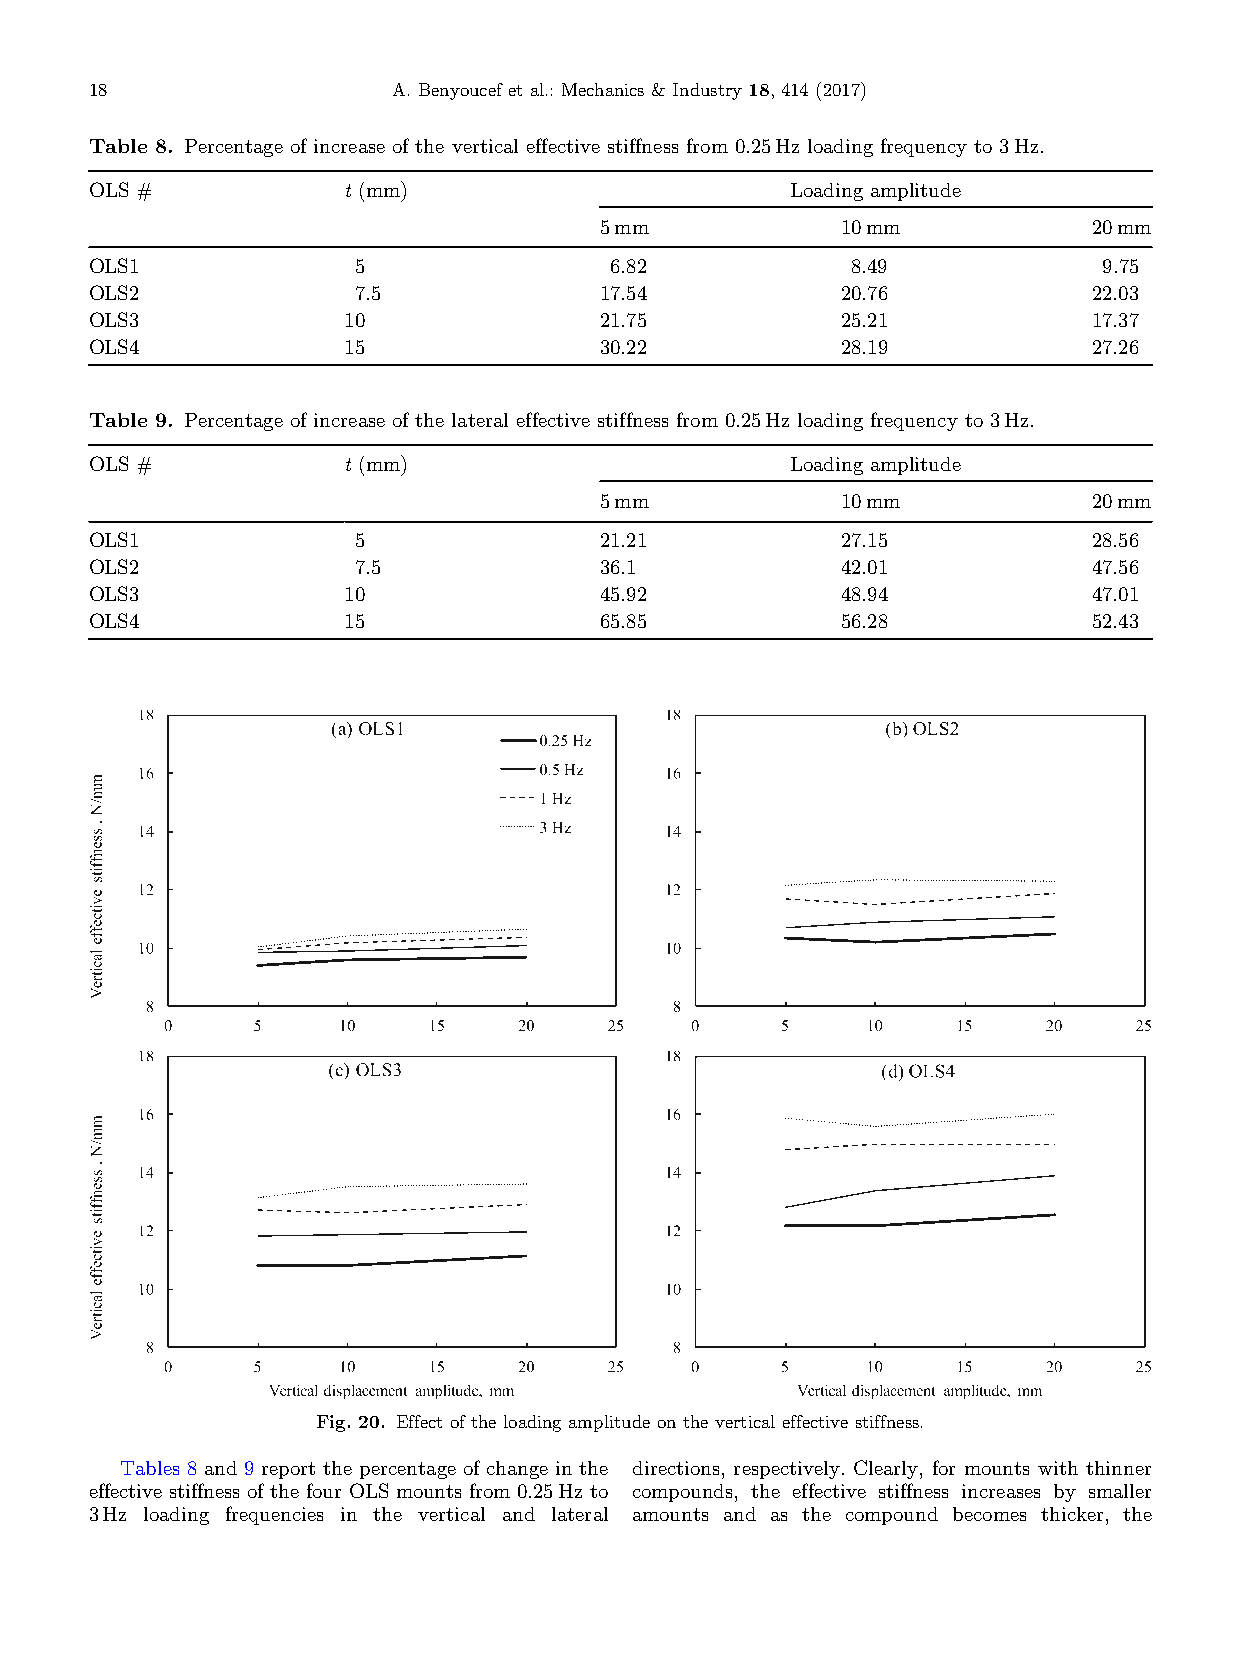
18                  A.Benyoucef etal.:Mechanics& Industry18,414(2017)
 Table 8. Percentage of increase of the vertical effective stiffness from 0.25Hz loading frequency to 3Hz.
 OLS #            t (mm)                       Loading amplitude
 5mm             10mm            20mm
 OLS1             5                6.82            8.49             9.75
 OLS2             7.5              17.54           20.76           22.03
 OLS3             10               21.75           25.21           17.37
 OLS4             15               30.22           28.19           27.26
 Table 9. Percentage of increase of the lateral effective stiffness from 0.25Hz loading frequency to 3Hz.
 OLS #            t (mm)                       Loading amplitude
 5mm             10mm            20mm
 OLS1             5                21.21           27.15           28.56
 OLS2             7.5              36.1            42.01           47.56
 OLS3             10               45.92           48.94           47.01
 OLS4             15               65.85           56.28           52.43
 Fig.20. Effectoftheloadingamplitudeon thevertical effectivestiffness.
 Tables 8 and 9 report the percentage of change in the directions, respectively. Clearly, for mounts with thinner
 effective stiffness of the four OLS mounts from 0.25Hz to compounds, the effective stiffness increases by smaller
 3Hz loading frequencies in the vertical and lateral amounts and as the compound becomes thicker, the